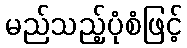
မည်သည့်ပုံစံဖြင့်